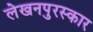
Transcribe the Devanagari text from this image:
लेखनपुरस्कार